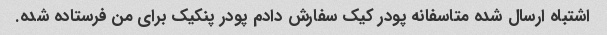
اشتباه ارسال شده متاسفانه پودر کیک سفارش دادم پودر پنکیک برای من فرستاده شده.